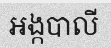
អង្កបាលី